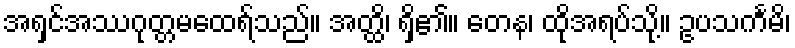
အရှင်အဿဂုတ္တမထေရ်သည်။ အတ္ထိ၊ ရှိ၏။ တေန၊ ထိုအရပ်သို့။ ဥပသင်္ကမိ၊